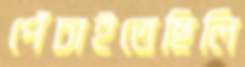
পেঁচাইতেছিলি